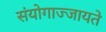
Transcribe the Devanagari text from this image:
संयोगाज्जायते